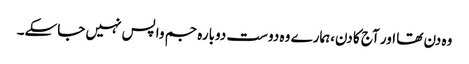
وہ دن تھا اور آج کا دن،ہمارے وہ دوست دوبارہ جم واپس نہیں جاسکے۔